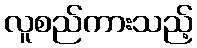
လူစည်ကားသည့်